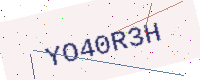
Text: YO40R3H